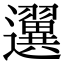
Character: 𨙒